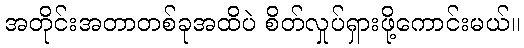
အတိုင်းအတာတစ်ခုအထိပဲ စိတ်လှုပ်ရှားဖို့ကောင်းမယ်။